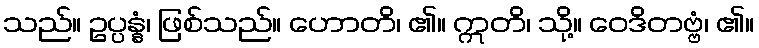
သည်။ ဥပ္ပန္နံ၊ ဖြစ်သည်။ ဟောတိ၊ ၏။ ဣတိ၊ သို့။ ဝေဒိတဗ္ဗံ၊ ၏။